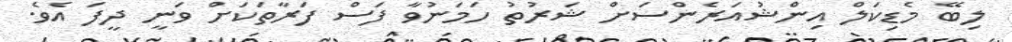
ލިބޭ މެޑިކަލް އިންޝުއަރެންސަށް ޝަރުތު ހަމަނުވާ ފަސް ފަރާތަކަށް ވަނީ ދީފަ އެވެ.